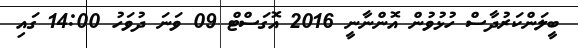
ބީލަންކަރުދާސް ހުޅުވުން އޮންނާނީ 2016 އޮގަސްޓް 09 ވަނަ ދުވަހު 14:00 ގައި